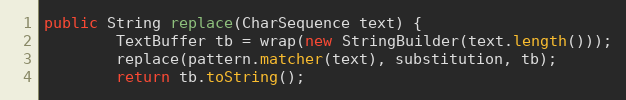
Language: Java
public String replace(CharSequence text) {
        TextBuffer tb = wrap(new StringBuilder(text.length()));
        replace(pattern.matcher(text), substitution, tb);
        return tb.toString();